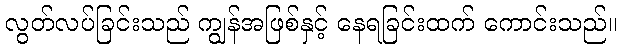
လွတ်လပ်ခြင်းသည် ကျွန်အဖြစ်နှင့် နေရခြင်းထက် ကောင်းသည်။